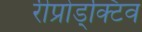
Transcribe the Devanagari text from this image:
रीप्रोड्क्टिव